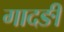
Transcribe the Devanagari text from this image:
गादङी